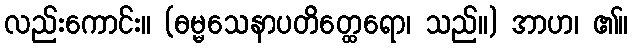
လည်းကောင်း။ (ဓမ္မသေနာပတိတ္ထေရော၊ သည်။) အာဟ၊ ၏။